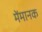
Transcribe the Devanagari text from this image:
मेंमानक